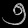
Digit: ၅